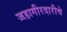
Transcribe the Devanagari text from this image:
जहागीरदारीचे